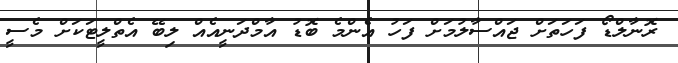
ރޮނާލްޑޯ ފަހަތަށް ޖައްސާލުމަށް ފަހު އެންމެ ބޮޑު އާމްދަނީއެއް ލިބޭ އެތްލީޓަކަށް މެސީ